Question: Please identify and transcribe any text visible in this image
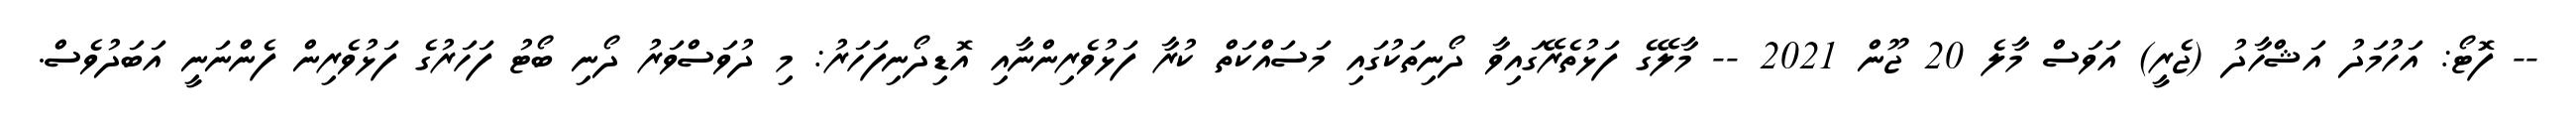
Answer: -- ފޮޓޯ: އަހުމަދު އަޝްހާދު (ޖެރީ) އަވަސް މާލެ 20 ޖޫން 2021 -- މާލޭގެ ފަޅުތެރޭގައިވާ ދޯނިތަކުގައި މަސައްކަތް ކުރާ ފަޅުވެރިންނާއި އޮޑިދޯނިފަހަރު: މި ދުވަސްވަރު ދޯނި ބޯޓު ފަހަރުގެ ފަޅުވެރިން ފެންނަނީ އަބަދުވެސް.